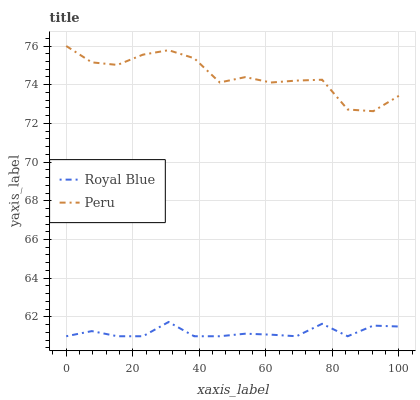
| xaxis_label | Royal Blue | Peru |
 | --- | --- | --- |
 | 0 | 61 | 76 |
 | 7.69 | 61.3 | 75.2 |
 | 15.4 | 61 | 75 |
 | 23.1 | 61 | 75.6 |
 | 30.8 | 61.7 | 75.8 |
 | 38.5 | 61 | 75.4 |
 | 46.2 | 61 | 74.1 |
 | 53.8 | 61.1 | 74.4 |
 | 61.5 | 61.1 | 74.1 |
 | 69.2 | 61 | 74.2 |
 | 76.9 | 61.6 | 74.3 |
 | 84.6 | 61 | 72.7 |
 | 92.3 | 61.5 | 72.6 |
 | 100 | 61.5 | 73.4 |